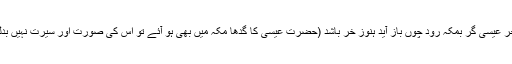
فارسی محاورہ ہے خرِ عیسیٰ گر بمکہ رود چوں باز آید ہنوز خر باشد (حضرت عیسیٰ کا گدھا مکہ میں بھی ہو آئے تو اس کی صورت اور سیرت نہیں بدلے گی) مستعمل ہیں۔